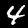
Digit: 4